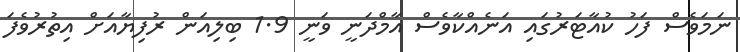
ނަމަވެސް ފަހު ކުއާޓަރުގައި އަނެއްކާވެސް އާމްދަނީ ވަނީ 1.9 ބިލިއަން ރުފިޔާއަށް އިތުރުވެފަ